Report on vaccination in Madras 1922-1929 - 1922-1929
Year: 1922
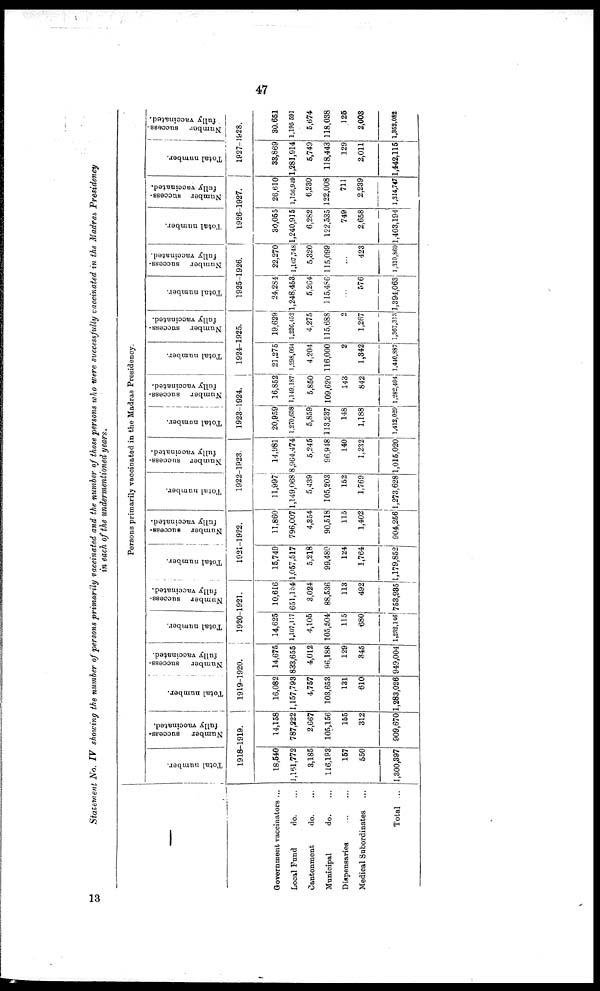
47
Statement No. IV showing the number of persons primarily vaccinated and the number of those persons who were successfully vaccinated in the Madras Presidency
in each of the undermentioned years.
Government vaccinators ...
Local Fund
do. ...
Cantonment
do. ...
Municipal
do. ...
Dispensaries ... ...
Medical Subordinates ...
Total ...
Persons primarily vaccinated in the Madras Presidency.
Total number.
Number success-
fully vaccinated.
1918-1919.
18,540
1,161,772
3,185
116,193
157
550
1,300,397
14,158
787,222
2,667
105,156
155
312
909,670
Total number.
Number success-
fully vaccinated.
1919-1920.
16,082
1,157,793
4,757
103,653
131
610
1,283,026
14,675
833,655
4,012
96,188
129
345
949,004
Total number.
Number success-
fully vaccinated.
1920-1921.
14,625
1,107,117
4,105
105,504
115
680
1,232,146
10,616
651,154
3,024
88,536
113
492
753,985
Total number.
Number success-
fully vaccinated.
1921-1922.
15,749
1,057,517
5,218
99,480
124
1,764
1,179,852
11,860
796,007
4,354
90,518
115
1,402
904,256
Total number.
Number success-
fully vaccinated.
1922-1923.
11,997
1,149,068
5,439
105,203
152
1,769
1,273,628
14,981
8,964,474
5,245
96,948
140
1,232
1,015,020
Total number.
Number success-
--lly vaccinated.
1923-1924.
20,959
1,270,638
5,859
113,237
148
1,188
1,412,029
16,852
1,149,187
5,850
109,620
143
842
1,282,494
Total number.
Number success-
fully vaccinated.
1924-1925.
21,275
1,298,064
4,204
116,000
2
1,342
1,440,887
19,629
1,226,452
4,275
115,688
2
1,267
1,367,313
Total number.
Number success-
fully vaccinated.
1925-1926.
24,284
1,248,458
5,264
115,486
...
576
1,394,063
22,270
1,167,748
5,320
115,099
...
423
1,310,860
Total number.
Number success-
fully vaccinated.
1926-1927.
30,055
1,240,915
6,282
122,535
749
2,658
1,403,194
26,610
1,156,949
6,230
122,008
711
2,239
1,314,747
Total number.
Number success-
fully vaccinated.
1927-1928.
33,869
1,281,914
5,749
118,443
129
2,011
1,442,115
30,651
1,195,691
5,674
118,038
125
2,003
1,352,082
13